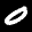
Label: 0